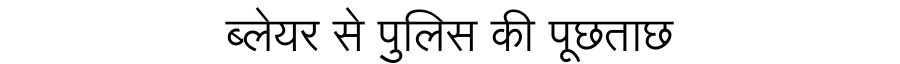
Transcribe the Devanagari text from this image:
ब्लेयर से पुलिस की पूछताछ